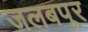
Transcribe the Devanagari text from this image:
जलबपूर